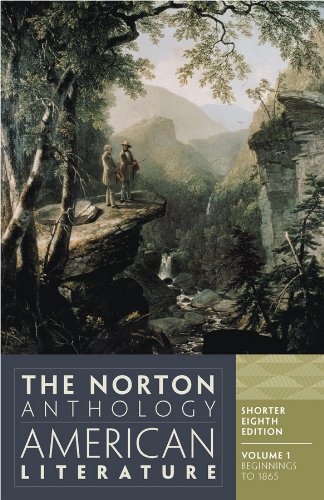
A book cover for The Norton Anthology of American Literature, Vol. 1 (Shorter Eighth Edition); Literature & Fiction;